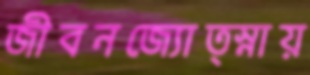
জীবনজ্যোত্স্নায়